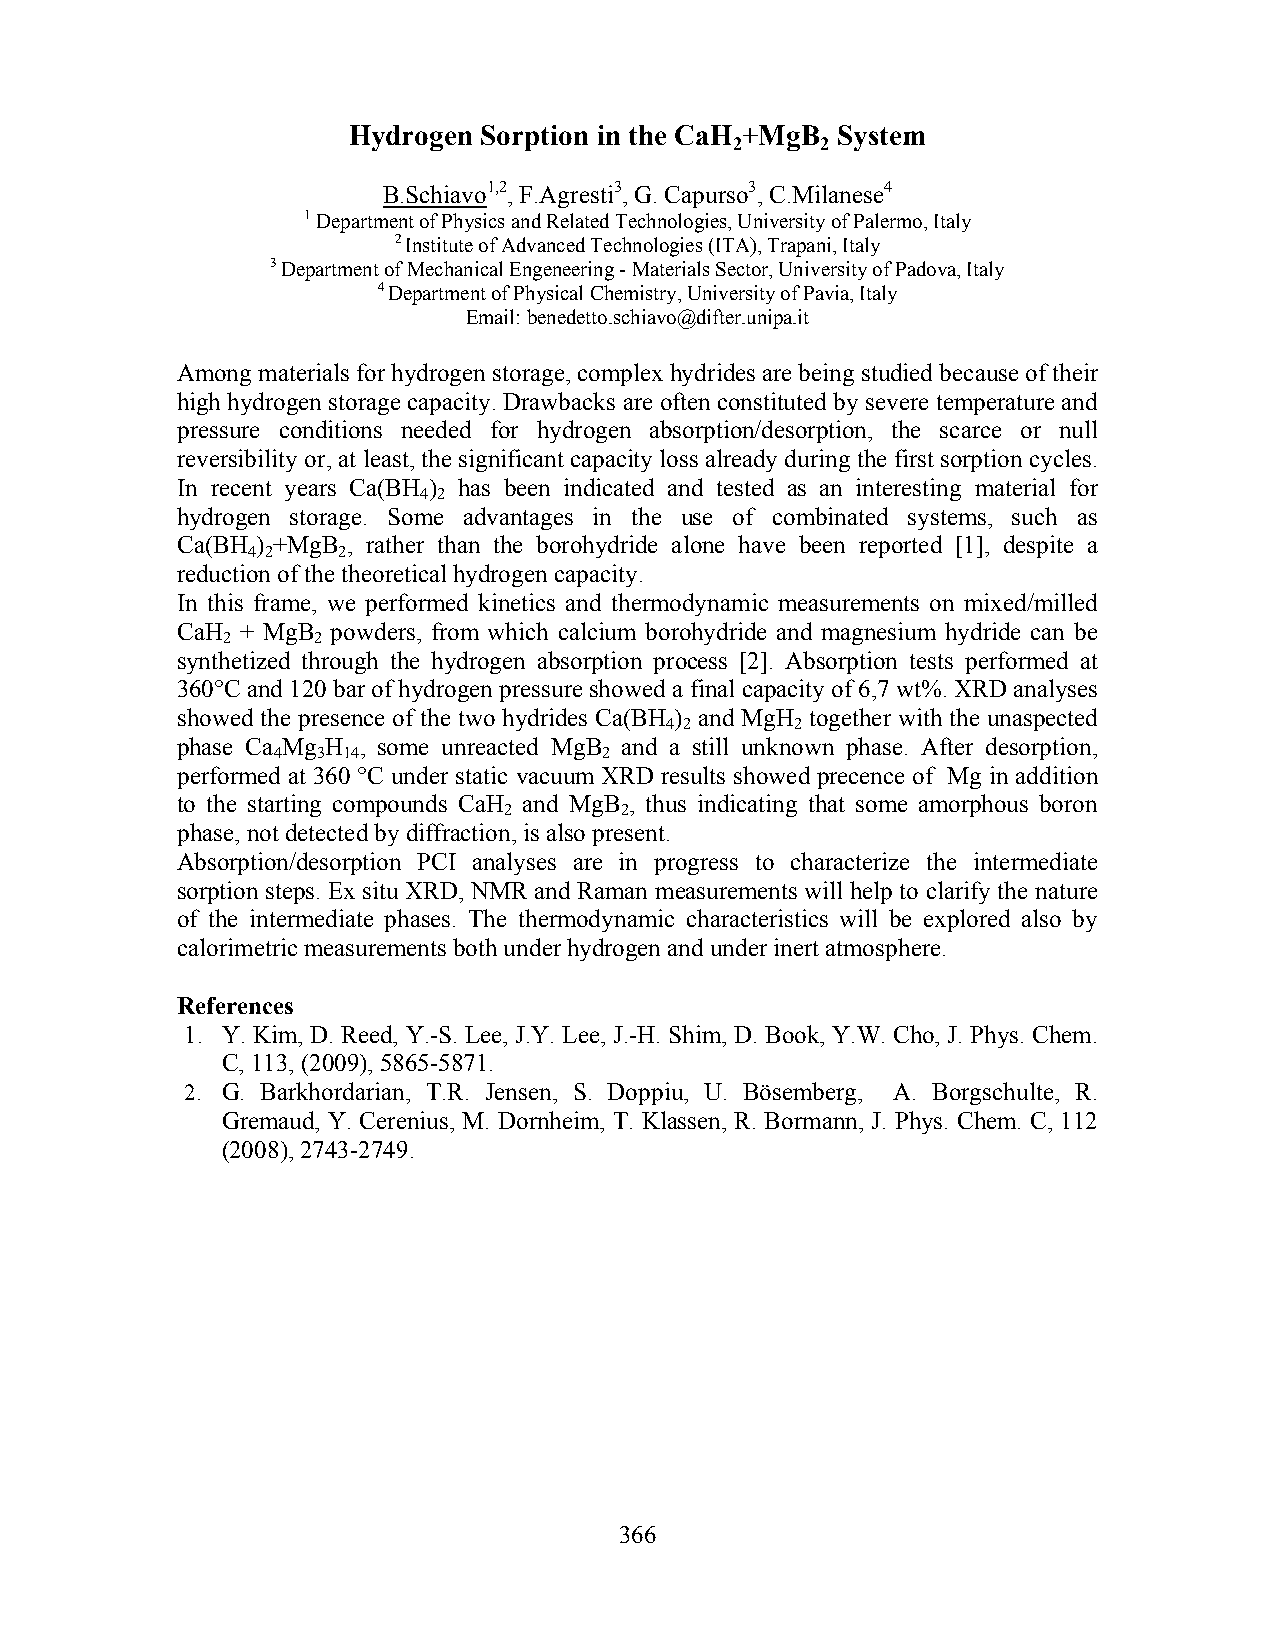
Hydrogen Sorption in the CaH +MgB System
 2    2
 B.Schiavo1,2, F.Agresti3, G. Capurso3, C.Milanese4
 1 Department of Physics and Related Technologies, University of Palermo, Italy
 2 Institute of Advanced Technologies (ITA), Trapani, Italy
 3 Department of Mechanical Engeneering - Materials Sector, University of Padova, Italy
 4 Department of Physical Chemistry, University of Pavia, Italy
 Email: benedetto.schiavo@difter.unipa.it
 Among materials for hydrogen storage, complex hydrides are being studied because of their
 high hydrogen storage capacity. Drawbacks are often constituted by severe temperature and
 pressure conditions needed for hydrogen absorption/desorption, the scarce or null
 reversibility or, at least, the significant capacity loss already during the first sorption cycles.
 In recent years Ca(BH ) has been indicated and tested as an interesting material for
 4 2
 hydrogen storage. Some advantages in the use of combinated systems, such as
 Ca(BH ) +MgB , rather than the borohydride alone have been reported [1], despite a
 4 2   2
 reduction of the theoretical hydrogen capacity.
 In this frame, we performed kinetics and thermodynamic measurements on mixed/milled
 CaH + MgB powders, from which calcium borohydride and magnesium hydride can be
 2     2
 synthetized through the hydrogen absorption process [2]. Absorption tests performed at
 360°C and 120 bar of hydrogen pressure showed a final capacity of 6,7 wt%. XRD analyses
 showed the presence of the two hydrides Ca(BH ) and MgH together with the unaspected
 4 2      2
 phase Ca Mg H , some unreacted MgB and a still unknown phase. After desorption,
 4  3 14               2
 performed at 360 °C under static vacuum XRD results showed precence of Mg in addition
 to the starting compounds CaH and MgB , thus indicating that some amorphous boron
 2       2
 phase, not detected by diffraction, is also present.
 Absorption/desorption PCI analyses are in progress to characterize the intermediate
 sorption steps. Ex situ XRD, NMR and Raman measurements will help to clarify the nature
 of the intermediate phases. The thermodynamic characteristics will be explored also by
 calorimetric measurements both under hydrogen and under inert atmosphere.
 References
 1. Y. Kim, D. Reed, Y.-S. Lee, J.Y. Lee, J.-H. Shim, D. Book, Y.W. Cho, J. Phys. Chem.
 C, 113, (2009), 5865-5871.
 2. G. Barkhordarian, T.R. Jensen, S. Doppiu, U. Bösemberg, A. Borgschulte, R.
 Gremaud, Y. Cerenius, M. Dornheim, T. Klassen, R. Bormann, J. Phys. Chem. C, 112
 (2008), 2743-2749.
 366